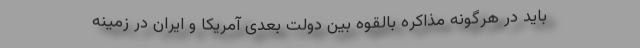
باید در هرگونه مذاکره بالقوه بین دولت بعدی آمریکا و ایران در زمینه